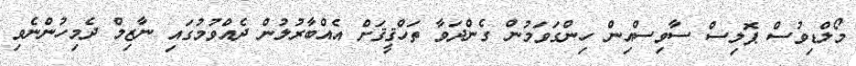
މޯލްޑިވުސް ޕޮލިސް ސާވިސްއިން ހިންގަވަމުން ގެންދަވާ ތަހްޤީޤަށް އެއްބާރުލުން ދެއްވުމުގައި ނާޒިމް ދެމިހުންނެވި